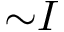
{ \sim } I